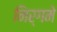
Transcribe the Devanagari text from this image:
निर्गमे